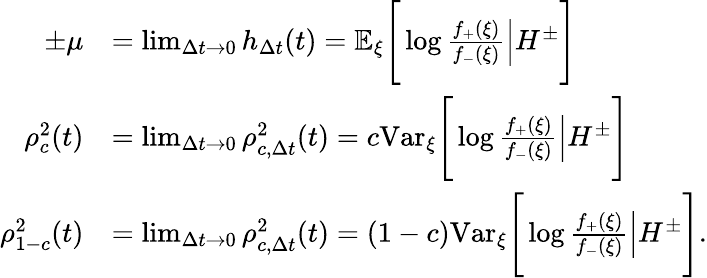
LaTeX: \begin{array}{rl}{\pm\mu}&{=\operatorname*{lim}_{\Delta t\to 0}h_{\Delta t}(t)=\mathbb{E}_{\xi}\Bigg[\log{\frac{f_{+}(\xi)}{f_{-}(\xi)}}\Big|H^{\pm}\Bigg]}\\ {\rho_{c}^{2}(t)}&{=\operatorname*{lim}_{\Delta t\to 0}\rho_{c,\Delta t}^{2}(t)=c\mathrm{Var}_{\xi}\Bigg[\log{\frac{f_{+}(\xi)}{f_{-}(\xi)}}\Big|H^{\pm}\Bigg]}\\ {\rho_{1-c}^{2}(t)}&{=\operatorname*{lim}_{\Delta t\to 0}\rho_{c,\Delta t}^{2}(t)=(1-c)\mathrm{Var}_{\xi}\Bigg[\log{\frac{f_{+}(\xi)}{f_{-}(\xi)}}\Big|H^{\pm}\Bigg].}\end{array}